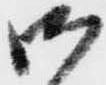
御